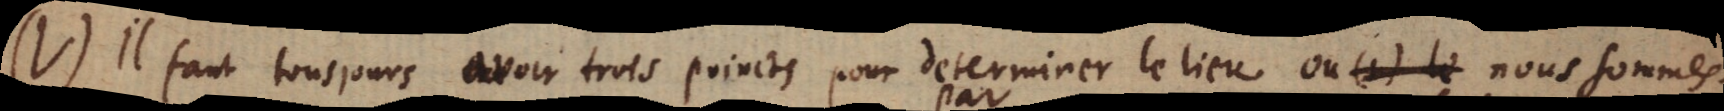
(V) Il faut tousjours avoir trois poincts pour determiner le lieu où (1) le nous sommes.